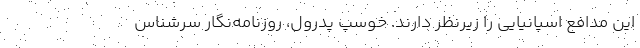
این مدافع اسپانیایی را زیرنظر دارند. خوسپ پدرول، روزنامه‌نگار سرشناس